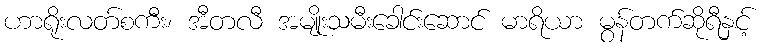
ဟာရိုးလတ်စကီး၊ အီတလီ အမျိုးသမီးခေါင်းဆောင် မာရိယာ မွန်တက်ဆိုရီနှင့်